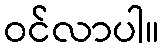
ဝင်လာပါ။